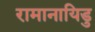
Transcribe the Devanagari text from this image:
रामानायिडु